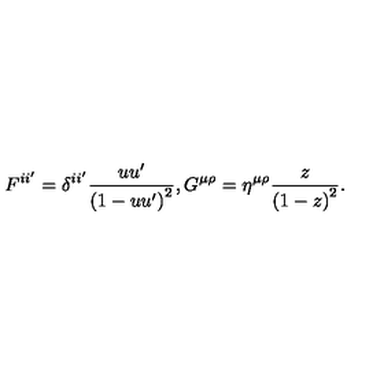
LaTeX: F ^ { i i ^ { \prime } } = \delta ^ { i i ^ { \prime } } \frac { u u ^ { \prime } } { \left( 1 - u u ^ { \prime } \right) ^ { 2 } } , G ^ { \mu \rho } = \eta ^ { \mu \rho } \frac { z } { \left( 1 - z \right) ^ { 2 } } .